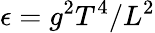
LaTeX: \epsilon=g^{2}T^{4}/L^{2}